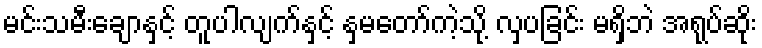
မင်းသမီးချောနှင့် တူပါလျက်နှင့် နှမတော်ကဲ့သို့ လှပခြင်း မရှိဘဲ အရုပ်ဆိုး